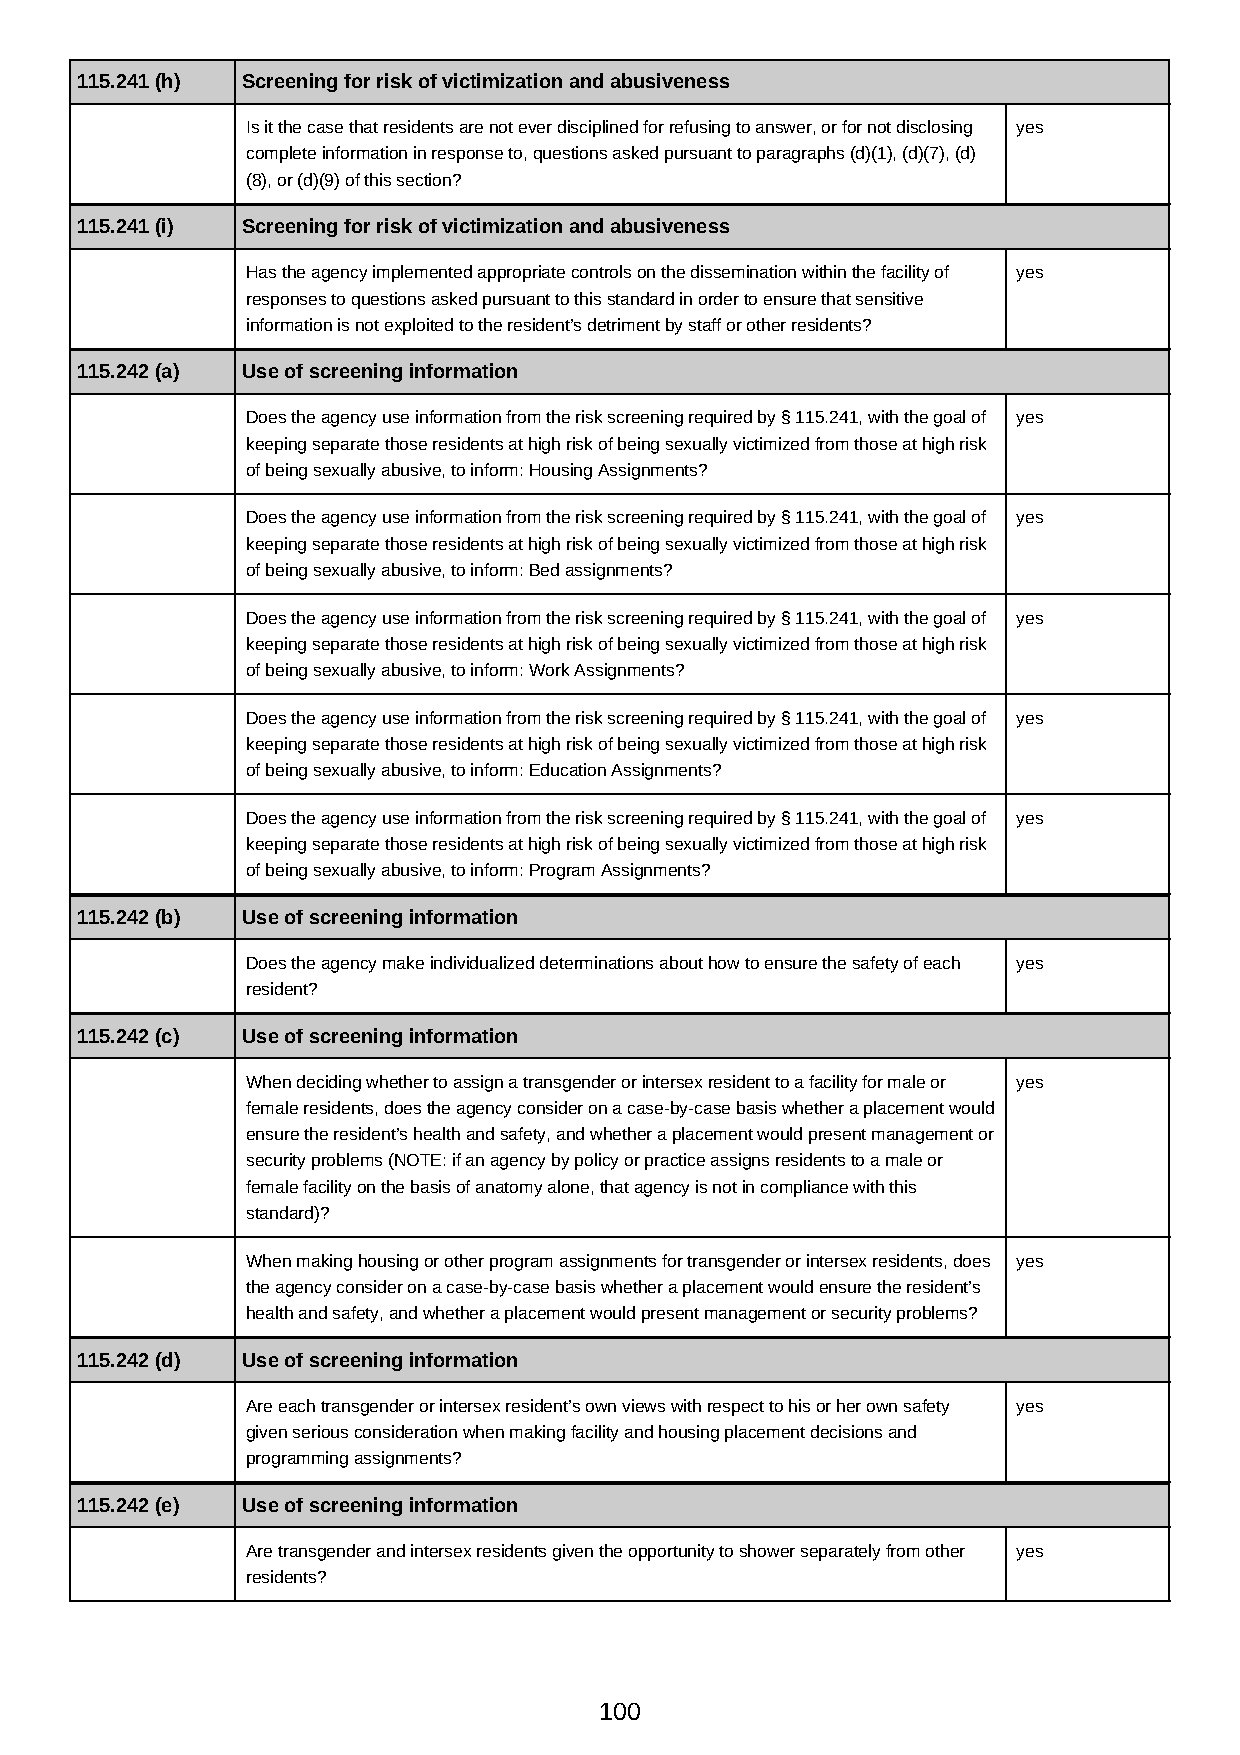
115.241 (h) Screening for risk of victimization and abusiveness
 Is it the case that residents are not ever disciplined for refusing to answer, or for not disclosing yes
 complete information in response to, questions asked pursuant to paragraphs (d)(1), (d)(7), (d)
 (8), or (d)(9) of this section?
 115.241 (i) Screening for risk of victimization and abusiveness
 Has the agency implemented appropriate controls on the dissemination within the facility of yes
 responses to questions asked pursuant to this standard in order to ensure that sensitive
 information is not exploited to the resident’s detriment by staff or other residents?
 115.242 (a) Use of screening information
 Does the agency use information from the risk screening required by § 115.241, with the goal of yes
 keeping separate those residents at high risk of being sexually victimized from those at high risk
 of being sexually abusive, to inform: Housing Assignments?
 Does the agency use information from the risk screening required by § 115.241, with the goal of yes
 keeping separate those residents at high risk of being sexually victimized from those at high risk
 of being sexually abusive, to inform: Bed assignments?
 Does the agency use information from the risk screening required by § 115.241, with the goal of yes
 keeping separate those residents at high risk of being sexually victimized from those at high risk
 of being sexually abusive, to inform: Work Assignments?
 Does the agency use information from the risk screening required by § 115.241, with the goal of yes
 keeping separate those residents at high risk of being sexually victimized from those at high risk
 of being sexually abusive, to inform: Education Assignments?
 Does the agency use information from the risk screening required by § 115.241, with the goal of yes
 keeping separate those residents at high risk of being sexually victimized from those at high risk
 of being sexually abusive, to inform: Program Assignments?
 115.242 (b) Use of screening information
 Does the agency make individualized determinations about how to ensure the safety of each yes
 resident?
 115.242 (c) Use of screening information
 When deciding whether to assign a transgender or intersex resident to a facility for male or yes
 female residents, does the agency consider on a case-by-case basis whether a placement would
 ensure the resident’s health and safety, and whether a placement would present management or
 security problems (NOTE: if an agency by policy or practice assigns residents to a male or
 female facility on the basis of anatomy alone, that agency is not in compliance with this
 standard)?
 When making housing or other program assignments for transgender or intersex residents, does yes
 the agency consider on a case-by-case basis whether a placement would ensure the resident’s
 health and safety, and whether a placement would present management or security problems?
 115.242 (d) Use of screening information
 Are each transgender or intersex resident’s own views with respect to his or her own safety yes
 given serious consideration when making facility and housing placement decisions and
 programming assignments?
 115.242 (e) Use of screening information
 Are transgender and intersex residents given the opportunity to shower separately from other yes
 residents?
 100